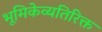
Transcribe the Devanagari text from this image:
भूमिकेव्यतिरिक्त